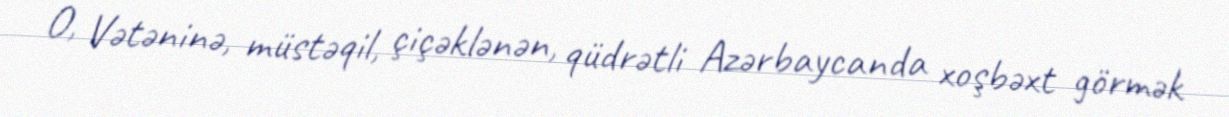
O, Vətəninə, müstəqil, çiçəklənən, qüdrətli Azərbaycanda xoşbəxt görmək